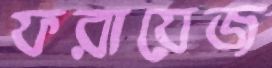
ফরায়েজ